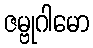
ဇမ္ဗုဂါမော